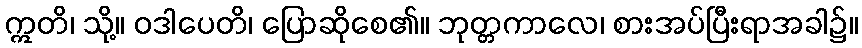
ဣတိ၊ သို့။ ဝဒါပေတိ၊ ပြောဆိုစေ၏။ ဘုတ္တကာလေ၊ စားအပ်ပြီးရာအခါ၌။